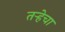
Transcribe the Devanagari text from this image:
तर्‍हेचा